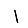
Digit: 1